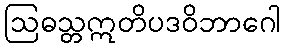
ဩဓသ္တဣတိပဒဝိဘာဂေါ